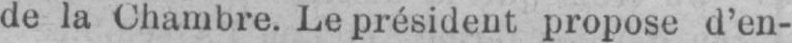
de la Chambre. Le président propose d’en-